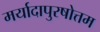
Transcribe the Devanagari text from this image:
मर्यादापुरषोत्तम